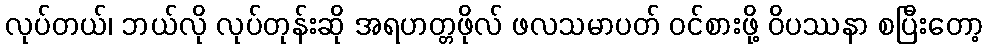
လုပ်တယ်၊ ဘယ်လို လုပ်တုန်းဆို အရဟတ္တဖိုလ် ဖလသမာပတ် ဝင်စားဖို့ ဝိပဿနာ စပြီးတော့